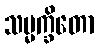
သမ္မက္ခိတော